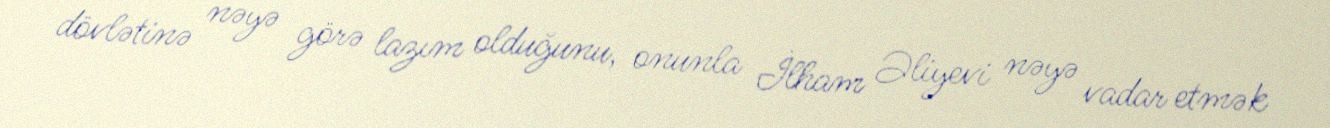
dövlətinə nəyə görə lazım olduğunu, onunla İlham Əliyevi nəyə vadar etmək